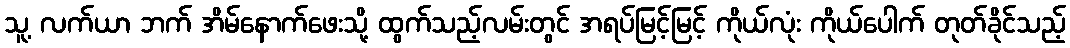
သူ့ လက်ယာ ဘက် အိမ်နောက်ဖေးသို့ ထွက်သည့်လမ်းတွင် အရပ်မြင့်မြင့် ကိုယ်လုံး ကိုယ်ပေါက် တုတ်ခိုင်သည့်